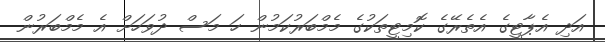
އަދި އެޕާޓީގެ އެތެރޭގެ ކޮމިޓީތަކުގެ މެމްބަރުކަމުން ހަ މަސް ދުވަހަށް އެ މެމްބަރުން